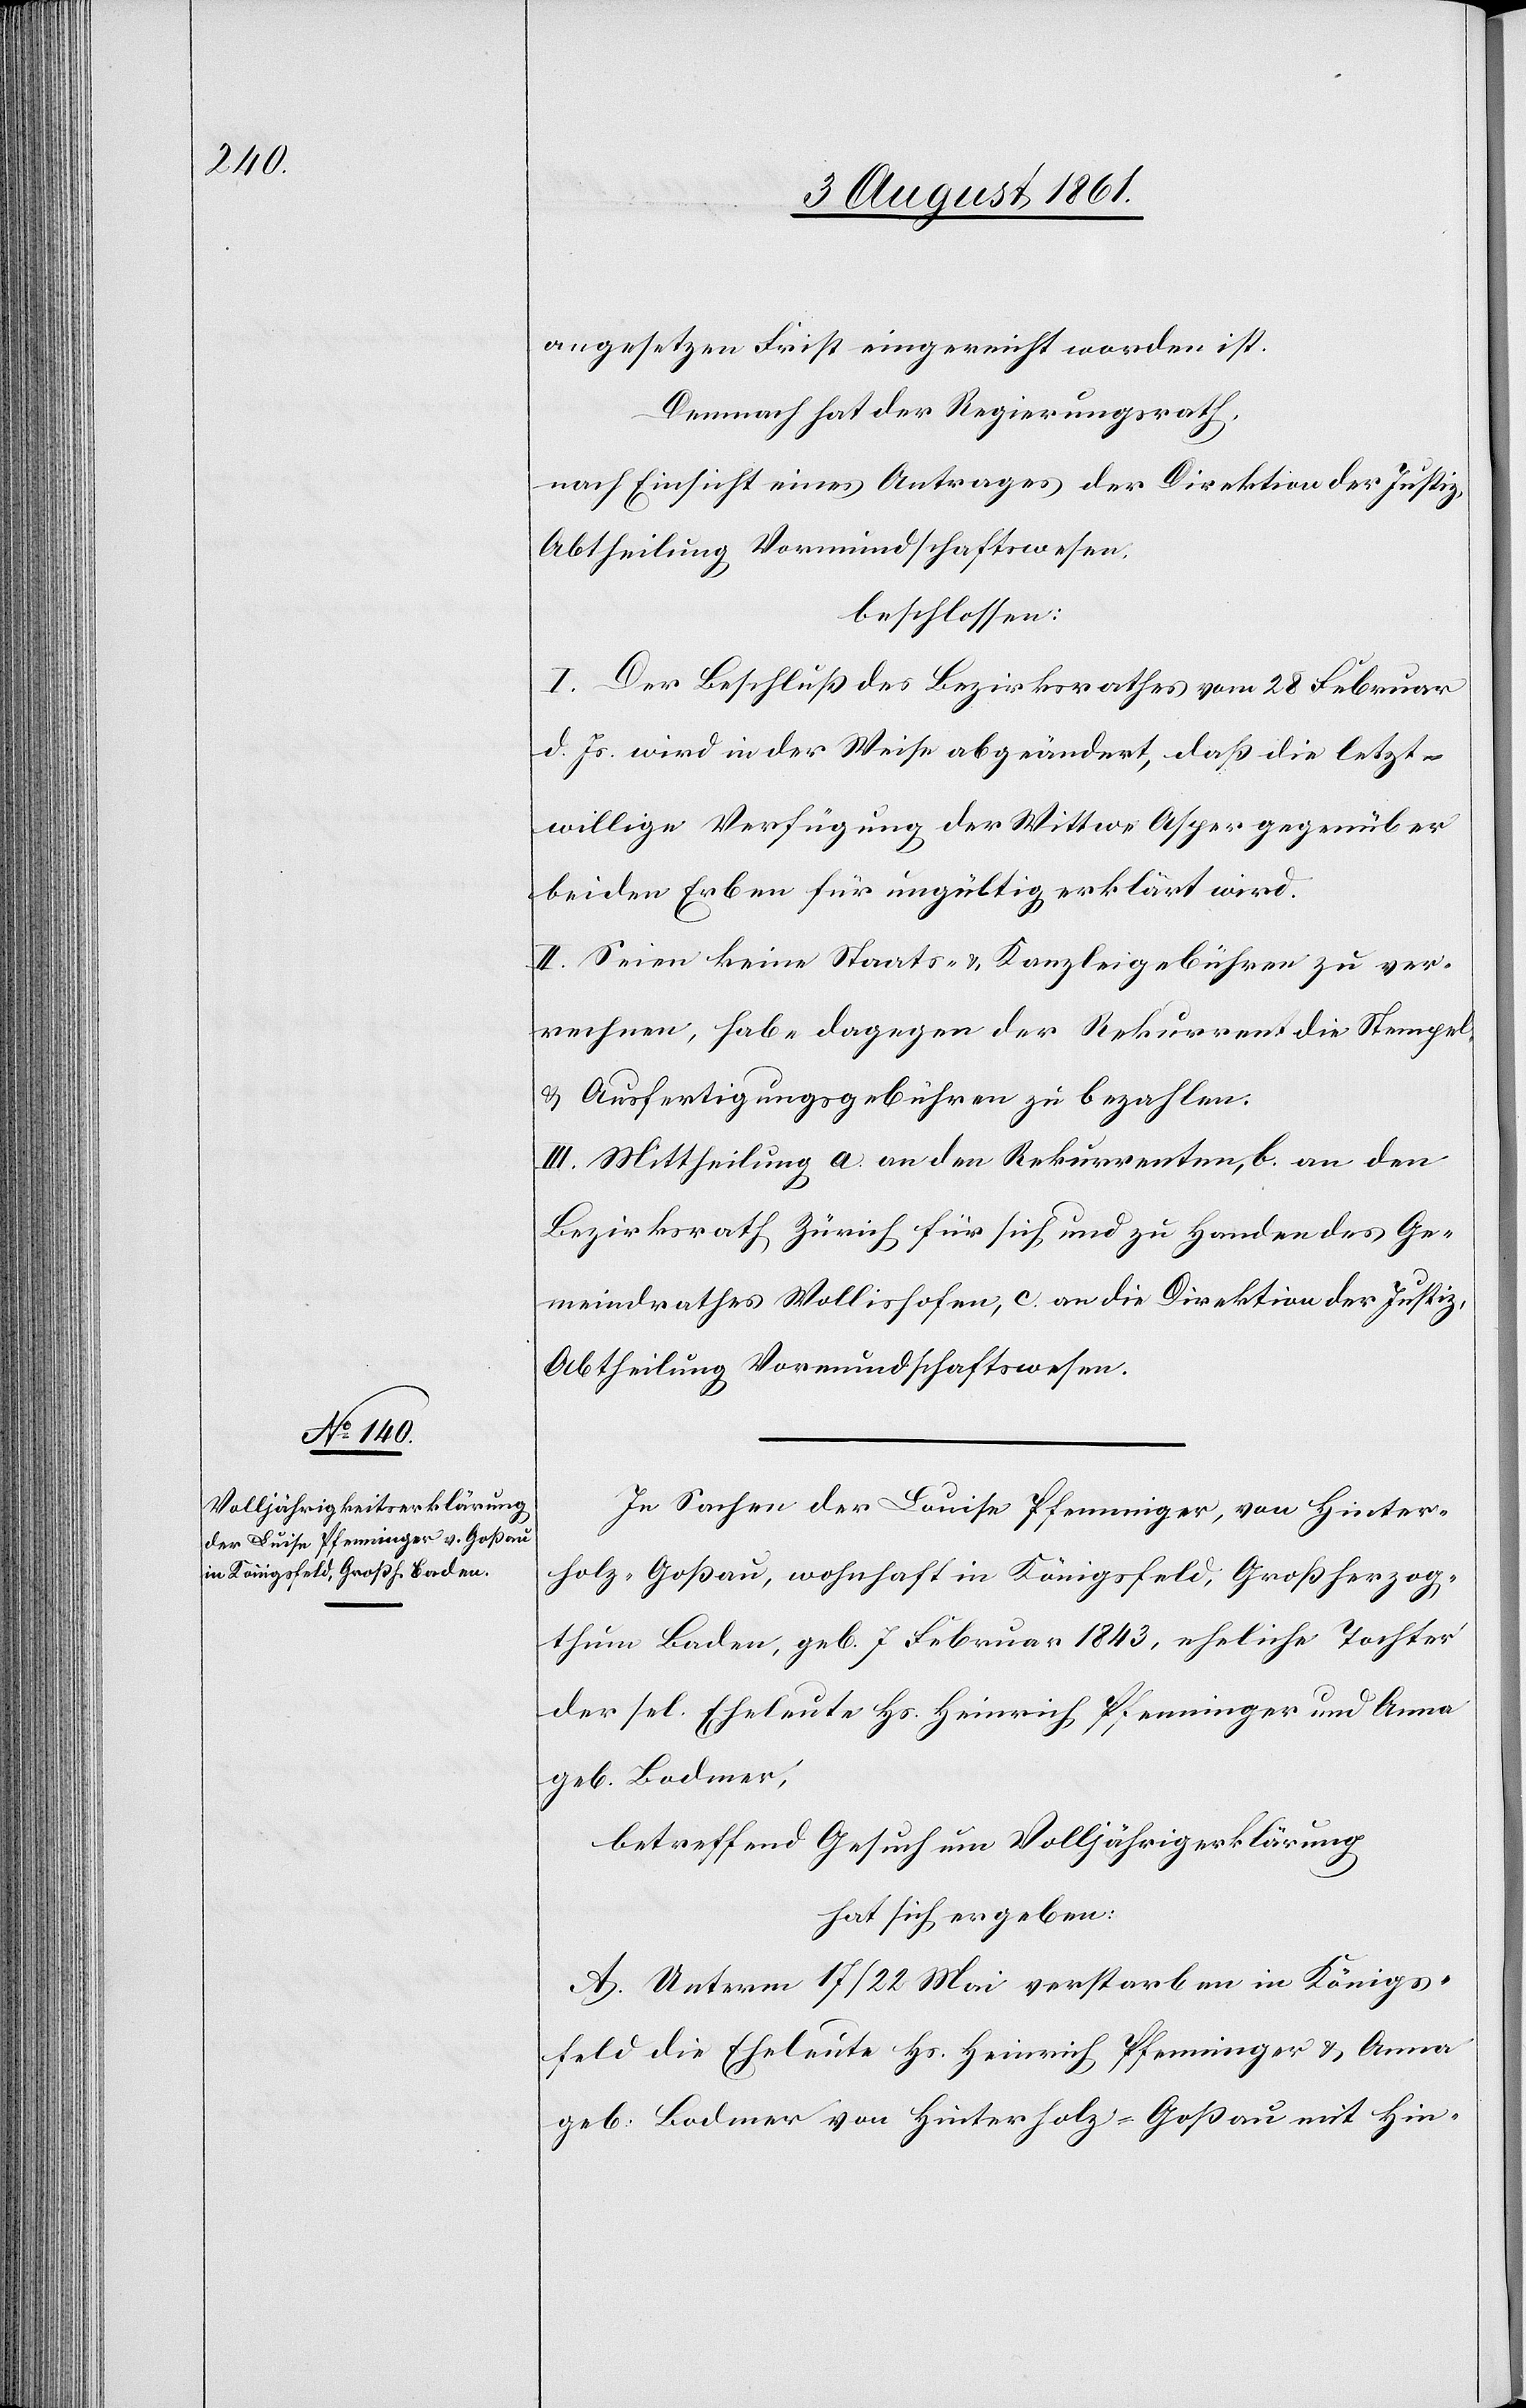
angesetzten Frist eingereicht worden ist.
Demnach hat der Regierungsrath,
nach Einsicht eines Antrages der Direktion der Justiz,
Abtheilung Vormundschaftswesen.
beschlossen:
I. Der Beschluß des Bezirksrathes vom 28 Februar
d. Js. wird in der Weise abgeändert, daß die letzt¬
willige Verfügung der Wittwe Asper gegenüber
beiden Erben für ungültig erklärt wird.
II. Seien keine Staats- u. Kanzleigebühren zu ver¬
nehmen, habe dagegen der Rekurrent die Stempel-
u. Ausfertigungsgebühren zu bezahlen.
III. Mittheilung a. an den Rekurrenten, b. an den
Bezirksrath Zürich für sich und zu Handen des Ge¬
meindrathes Wollishofen, c. an die Direktion der Justiz,
Abtheilung Vormundschaftswesen.
In Sachen der Luise Pfenninger, von Hinter¬
holz-Goßau, wohnhaft in Königsfeld, Großherzog¬
thum Baden, geb. 7 Februar 1843, eheliche Tochter
der sel. Eheleute Hs. Heinrich Pfenninger und Anna
geb. Bodmer,
betreffend Gesuch um Volljährigkeitserklärung
hat sich ergeben:
A. Unterm 17/22 Mai verstarben in Königs¬
feld die Eheleute Hs. Heinrich Pfenninger u. Anna
geb. Bodmer von Hinterholz-Goßau mit Hin-